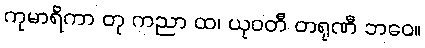
ကုမာရိကာ တု ကညာ ထ၊ ယုဝတီ တရုဏီ ဘဝေ။